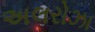
અલરોઝા